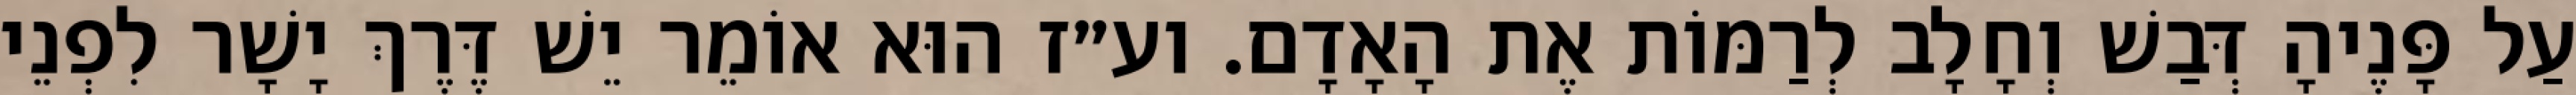
עַל פָּנֶיהָ דְּבַשׁ וְחָלָב לְרַמּוֹת אֶת הָאָדָם. וע״ז הוּא אוֹמֵר יֵשׁ דֶּרֶךְ יָשָׁר לִפְנֵי